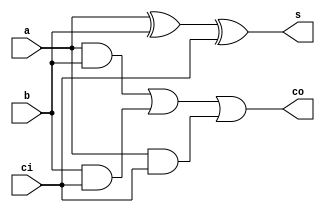
`timescale 1ns / 1ps
//////////////////////////////////////////////////////////////////////////////////
// Company: Shanghai Jiao Tong University
// 
// Design Name: 
// Module Name: adder_1bit
// Project Name: 
// Target Devices: 
// Tool Versions: 
// Description: 
// 
// Dependencies: 
// 
// Revision:
// Revision 0.01 - File Created
// Additional Comments:
// 
//////////////////////////////////////////////////////////////////////////////////


module adder_1bit(
    input a,
    input b,
    input ci,
    output s,
    output co
    );
    
    wire s1,c1,c2,c3;
    and (c1,a,b),
        (c2,b,ci),
        (c3,a,ci);
    
    xor (s1,a,b),
        (s,s1,ci);
        
    or  (co,c1,c2,c3);
    
endmodule